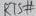
Text: DTP#